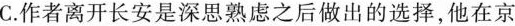
C.作者离开长安是深思熟虑之后做出的选择，他在京